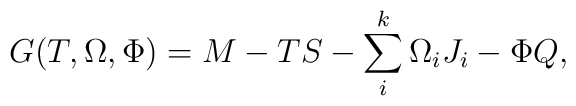
G(T,\Omega ,\Phi )=M-TS-\sum_i^k\Omega _iJ_i-\Phi Q ,